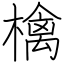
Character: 檎